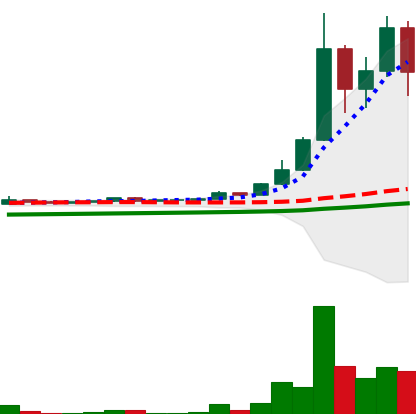
Ticker: DOGE-USD
Chart end date: 2021-04-20
Forward return: -21.405%
Label: down_7plus